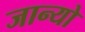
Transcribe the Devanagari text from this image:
जान्यो